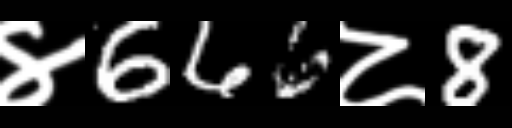
Text: ४666८8